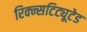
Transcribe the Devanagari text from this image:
रिक्न्सटिट्यूटेड